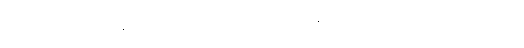
အဘယ်သို့ ဖြစ်သနည်း။) “ (အထ) ခေါ၊ ထိုအခါ၌။ အယံ သမဏော ဂေါတမော၊